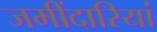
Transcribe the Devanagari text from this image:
जमींदारियां